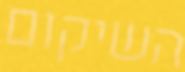
השיקום